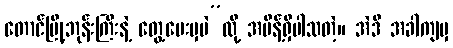
တောင်မြို့ဘုန်းကြီးနဲ့ တွေ့ပေးမှပဲ”လို့ အမိန့်ရှိပါသတဲ့။ အဲဒီ အခါကျမှ